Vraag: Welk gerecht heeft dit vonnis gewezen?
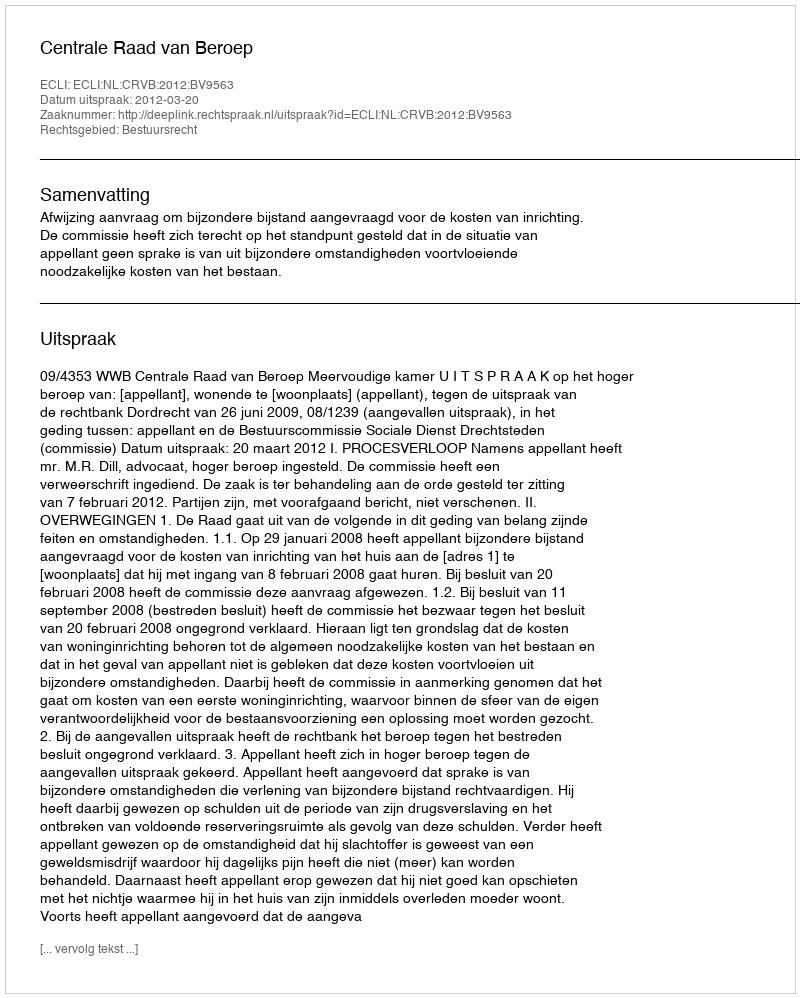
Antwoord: Centrale Raad van Beroep